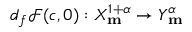
d _ { f } \mathscr { F } ( c , 0 ) : X _ { \mathbf { m } } ^ { 1 + \alpha } \rightarrow Y _ { \mathbf { m } } ^ { \alpha }